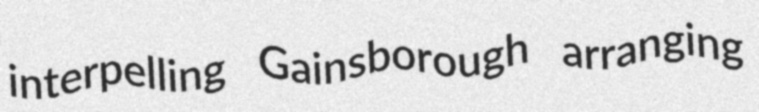
interpelling Gainsborough arranging